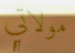
مولاتي